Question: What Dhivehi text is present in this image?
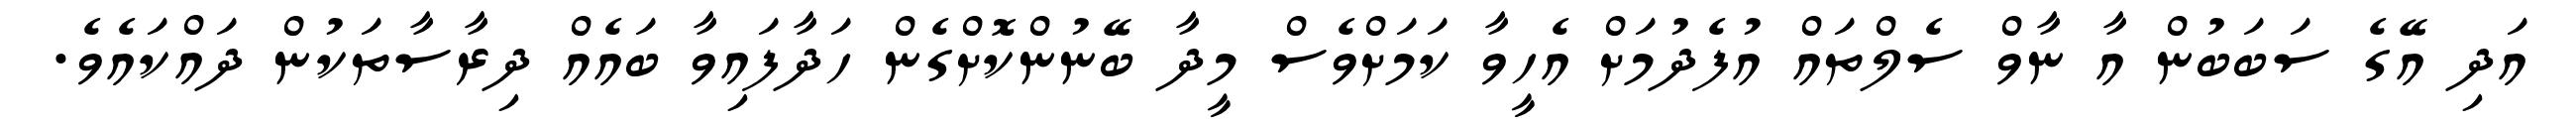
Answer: އަދި އޭގެ ސަބަބުން އާ ނާވް ސެލްތައް އުފެދުމަށް އެހީވާ ކަމަށްވެސް މީދާ ބޭނުންކޮށްގެން ހަދާފައިވާ ބައެއް ދިރާސާތަކުން ދައްކައެވެ.